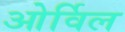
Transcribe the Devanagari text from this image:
ओर्विल